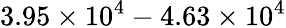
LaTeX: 3.95\times 10^{4}-4.63\times 10^{4}